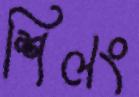
শিলং